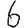
Digit: 6